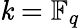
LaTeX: \mathit{k}=\mathbb{{F}}_{q}